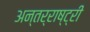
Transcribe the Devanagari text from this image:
अन्तर्राष्ट्री